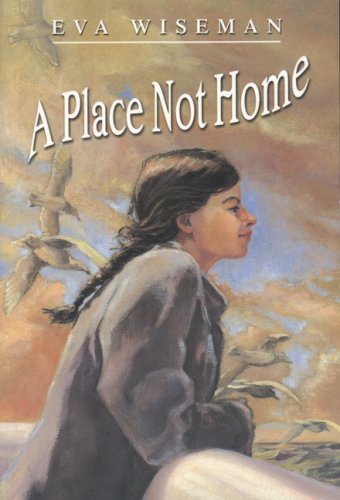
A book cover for A Place Not Home; Eva Wiseman; Teen & Young Adult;